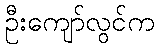
ဦးကျော်လွင်က